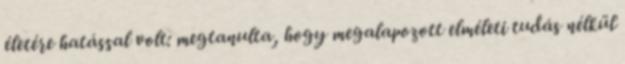
életére hatással volt: megtanulta, hogy megalapozott elméleti tudás nélkül